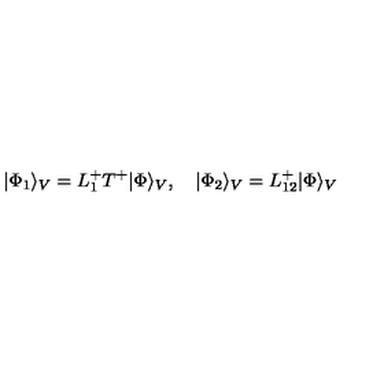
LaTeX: | \Phi _ { 1 } \rangle _ { V } = L _ { 1 } ^ { + } T ^ { + } | \Phi \rangle _ { V } , \quad | \Phi _ { 2 } \rangle _ { V } = L _ { 1 2 } ^ { + } | \Phi \rangle _ { V }